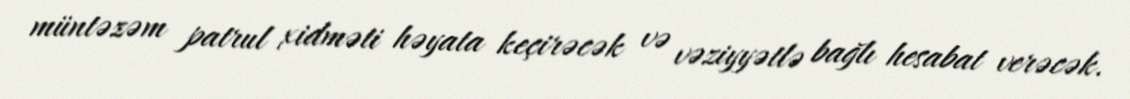
müntəzəm patrul xidməti həyata keçirəcək və vəziyyətlə bağlı hesabat verəcək.